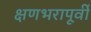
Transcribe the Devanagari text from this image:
क्षणभरापूर्वी